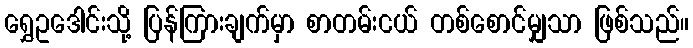
ရွှေဥဒေါင်းသို့ ပြန်ကြားချက်မှာ စာတမ်းငယ် တစ်စောင်မျှသာ ဖြစ်သည်။